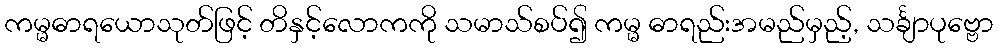
ကမ္မဓာရယောသုတ်ဖြင့် တိနှင့်လောကကို သမာသ်စပ်၍ ကမ္မ ဓာရည်းအမည်မှည့်, သင်္ချာပုဗ္ဗော